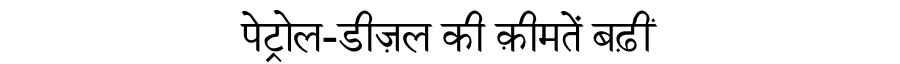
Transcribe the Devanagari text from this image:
पेट्रोल-डीज़ल की क़ीमतें बढ़ीं